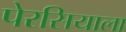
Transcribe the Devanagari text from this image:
पेरसियाला